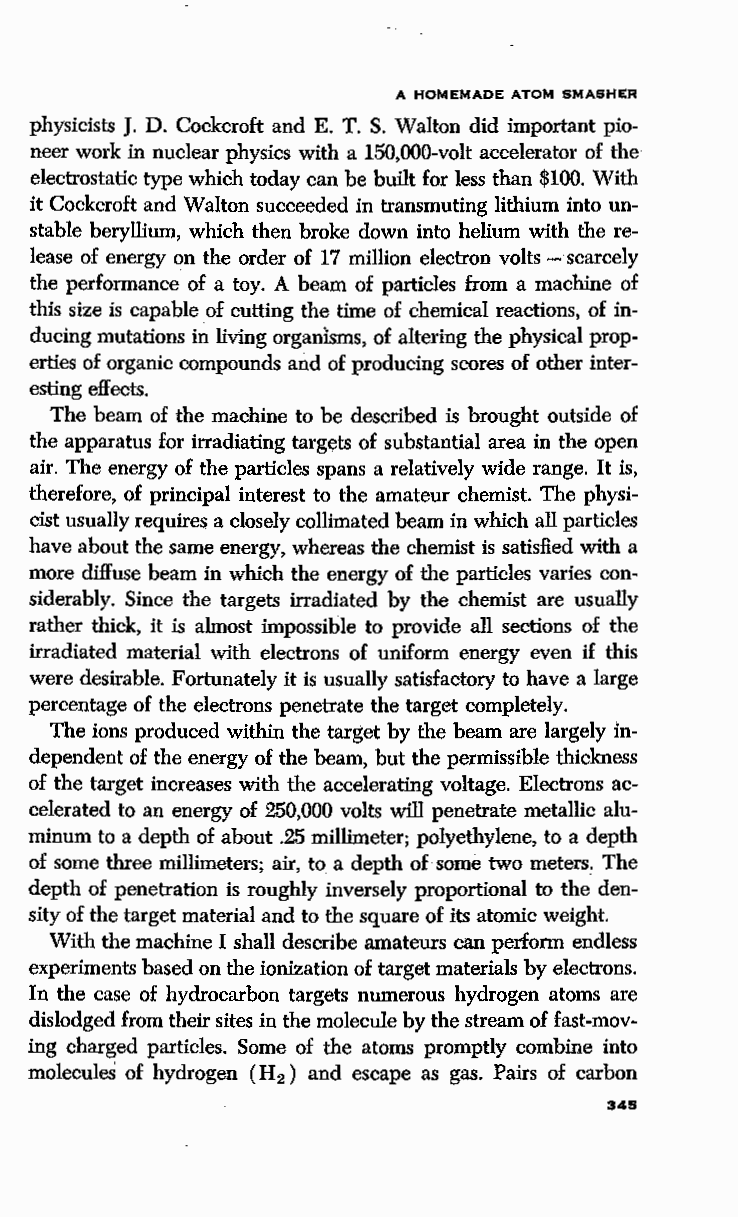
A HOMEMADE ATOM SMASHER
 physicists J. D. Cockcroft and E. T. S. Walton did important pio
 neer work in nuclear physics with a 150,000-volt accelerator of the
 electrostatic type which today can be built for less than $100. With
 it Cockcroft and Walton succeeded in transmuting lithium into un
 stable beryllium, which then broke down into helium with the re
 lease of energy on the order of 17 million electron volts - scarcely
 the performance of a toy. A beam of particles from a machine of
 this size is capable of cutting the time of chemical reactions, of in
 ducing mutations in living organisms, of altering the physical prop
 erties of organic compounds and of producing scores of other inter
 esting effects.
 The beam of the machine to be described is brought outside of
 the apparatus for irradiating targets of substantial area in the open
 air. The energy of the particles spans a relatively wide range. It is,
 therefore, of principal interest to the amateur chemist. The physi
 cist usually requires a closely collimated beam in which all particles
 have about the same energy, whereas the chemist is satisfied with a
 more diffuse beam in which the energy of the particles varies con
 siderably. Since the targets irradiated by the chemist are usually
 rather thick, it is almost impossible to provide all sections of the
 irradiated material with electrons of uniform energy even if this
 were desirable. Fortunately it is usually satisfactory to have a large
 percentage of the electrons penetrate the target completely.
 The ions produced within the target by the beam are largely in
 dependent of the energy of the beam, but the permissible thickness
 of the target increases with the accelerating voltage. Electrons ac
 celerated to an energy of 250,000 volts will penetrate metallic alu
 minum to a depth of about .25 millimeter; polyethylene, to a depth
 of some three millimeters; air, to a depth of some two meters~ The
 depth of penetration is roughly inversely proportional to the den
 sity of the target material and to the square of its atomic weight.
 With the machine I shall describe amateurs can perform endless
 experiments based on the ionization of target materials by electrons.
 In the case of hydrocarbon targets numerous hydrogen atoms are
 dislodged from their sites in the molecule by the stream of fast-mov
 ing charged particles. Some of the atoms promptly combine into
 molecules of hydrogen ( H 2 ) and escape as gas. Pairs of carbon
 345